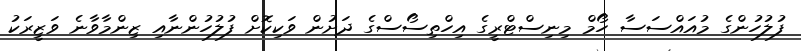
ފުލުހުންގެ މުއައްސަސާ ހޯމް މިނިސްޓްރީގެ އިހްތިސޯސްގެ ދަށުން ވަކިކޮށް ފުލުހުންނާއި ޒިންމާވާނެ ވަޒީރަކު